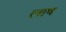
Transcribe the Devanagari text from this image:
लाष